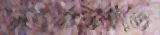
সবগুলোতে